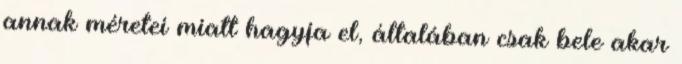
annak méretei miatt hagyja el, általában csak bele akar